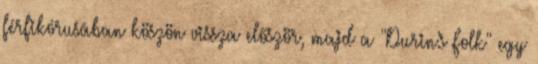
férfikórusában köszön vissza először, majd a "Durin's Folk" egy